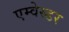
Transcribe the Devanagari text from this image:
एम्वेस्डर